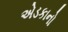
એડકાનો